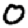
Digit: 0